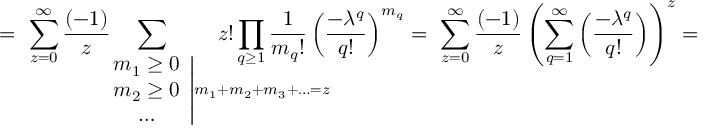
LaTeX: = \ \sum _ { z = 0 } ^ { \infty } \frac { ( - 1 ) } { z } \! \! \! \! \! \! \! \! \! \! \! \! \! \! \! \! \! \! \! \! \! \! \! \! \! \! \! \! \! \! \! \! \! \! \! \! \! \! \! \! \sum _ { \qquad \qquad \qquad \left. \begin{array} { c } { { m _ { 1 } \geq 0 } } \\ { { m _ { 2 } \geq 0 } } \\ { { \ldots } } \end{array} \right| m _ { 1 } + m _ { 2 } + m _ { 3 } + \ldots = z } \! \! \! \! \! \! \! \! \! \! \! \! \! \! \! \! \! \! \! \! \! \! \! \! \! \! \! \! \! \! \! \! \! z ! \prod _ { q \geq 1 } \frac { 1 } { m _ { q } ! } \left( \frac { - \lambda ^ { q } } { q ! } \right) ^ { m _ { q } } = \ \sum _ { z = 0 } ^ { \infty } \frac { ( - 1 ) } { z } \left( \sum _ { q = 1 } ^ { \infty } \left( \frac { - \lambda ^ { q } } { q ! } \right) \right) ^ { z } =